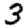
Digit: 3